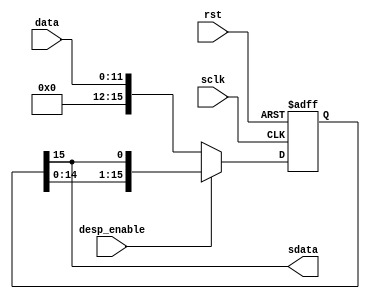
`timescale 1ns / 1ps
//////////////////////////////////////////////////////////////////////////////////
// Company: Tecnolgico de Costa Rica
//
// Design Name:
// Module Name: Send_dac
// Project Name:
// Target Devices:
// Tool versions:
// Description:
//
// Dependencies:
//
// Revision:
// Revision 0.01 - File Created
// Additional Comments:
//
//////////////////////////////////////////////////////////////////////////////////
module Send_dac(
	input wire sclk, rst,
	input wire [11:0] data,
	input wire desp_enable,
	output wire sdata
);

reg [15:0] reg_desp, reg_desp_next;


//Registro serial-paralelo
always@(posedge sclk, posedge rst)
begin
	if(rst)
		reg_desp <= 16'b0;
	else
		reg_desp <= reg_desp_next;
end

always@*
begin
	reg_desp_next = {{4{1'b0}},data};
	if(desp_enable)
		reg_desp_next = {reg_desp[14:0],sdata};
end

assign sdata = reg_desp[15];



endmodule